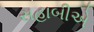
સહાબીએ